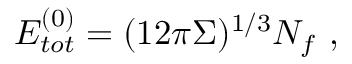
E _ { t o t } ^ { ( 0 ) } = ( 1 2 \pi \Sigma ) ^ { 1 / 3 } N _ { f } ~ ,